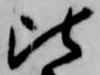
比